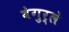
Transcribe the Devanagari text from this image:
वेगुर्ले